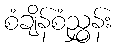
စံချိန်စံညွှန်း